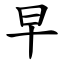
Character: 早